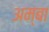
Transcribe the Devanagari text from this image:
अम्‍बा